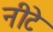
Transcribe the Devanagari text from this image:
नीटे